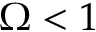
\Omega < 1